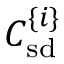
C _ { \mathrm { s d } } ^ { \lbrace i \rbrace }